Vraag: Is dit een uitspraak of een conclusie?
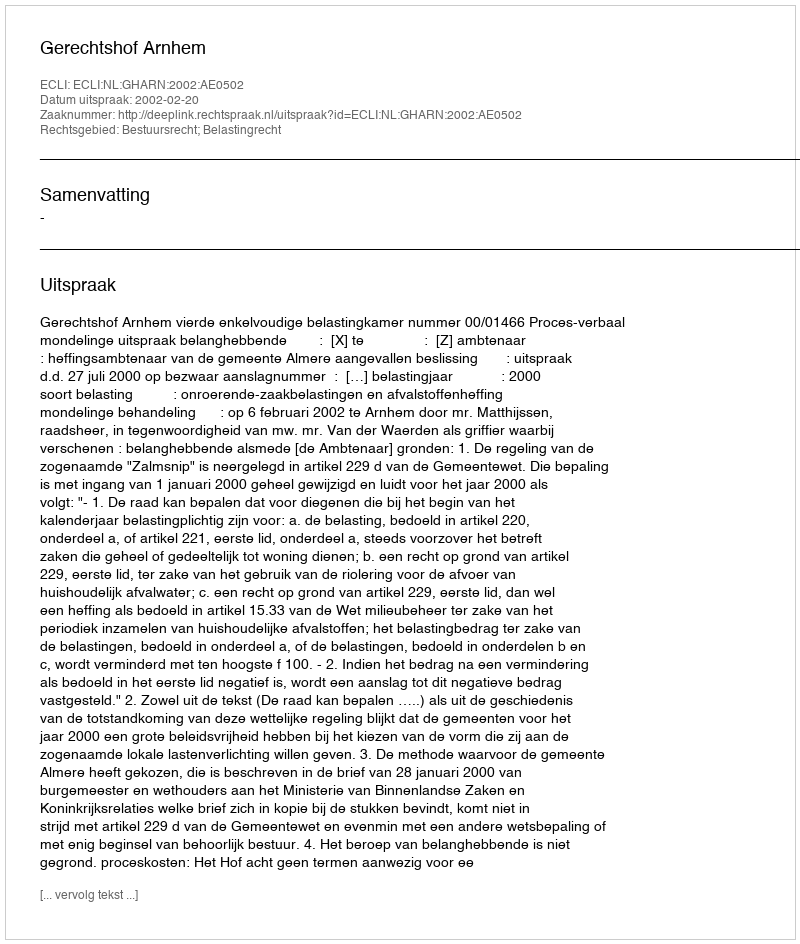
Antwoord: Uitspraak